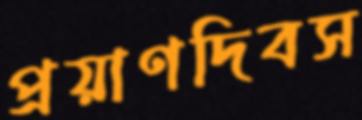
প্রয়াণদিবস